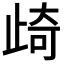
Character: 𭭨